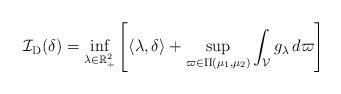
LaTeX: \begin{align*} \mathcal{I}_{\mathrm{D} }(\delta) = \inf_{\lambda \in \mathbb{R}_{+}^2} \left[ \langle \lambda, \delta \rangle + \sup_{\varpi \in \Pi(\mu_1, \mu_2)} \int_{\mathcal{V} }g_\lambda \, d\varpi \right] \end{align*}